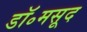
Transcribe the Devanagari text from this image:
डॉ॰मसूद